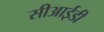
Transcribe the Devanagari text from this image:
सीआई़डी